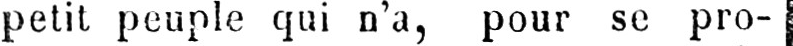
petit peuple qui n’a, pour se pro-